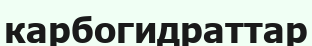
карбогидраттар